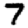
Digit: 7